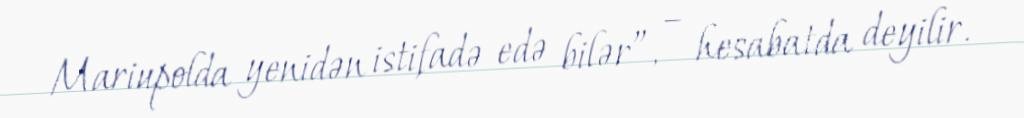
Mariupolda yenidən istifadə edə bilər”, – hesabatda deyilir.